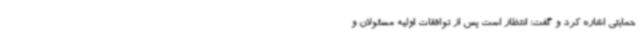
حمایتی اشاره کرد و گفت: انتظار است پس از توافقات اولیه مسئولان و